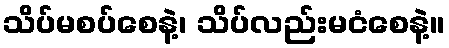
သိပ်မစပ်စေနဲ့၊ သိပ်လည်းမငံစေနဲ့။